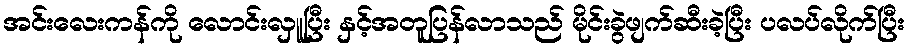
အင်းလေးကန်ကို လောင်းလှူပြီး နှင့်အတူပြန်လာသည် မိုင်းခွဲဖျက်ဆီးခဲ့ပြီး ပလပ်လိုက်ပြီး